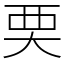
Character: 䙲